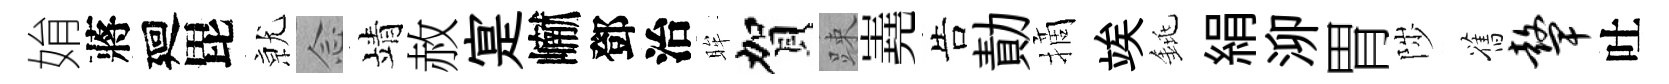
姢蔣廻毘𭕒𫝹靖赦寔𪩘鄧治眸賀踈嶤告勣摘竢銚絹泖胃陟舊鼙吐